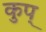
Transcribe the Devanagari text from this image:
कुप्